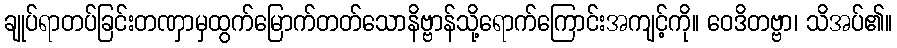
ချုပ်ရာတပ်ခြင်းတဏှာမှထွက်မြောက်တတ်သောနိဗ္ဗာန်သို့ရောက်ကြောင်းအကျင့်ကို။ ဝေဒိတဗ္ဗာ၊ သိအပ်၏။